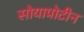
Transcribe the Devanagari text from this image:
सोयाप्रोटीन